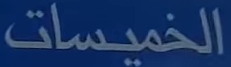
الخميسات